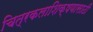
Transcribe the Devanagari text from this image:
चित्रकलाशिक्षणासाठी